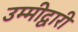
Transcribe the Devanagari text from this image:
उम्मीद्वारी